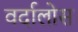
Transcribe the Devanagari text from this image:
वर्दालोस